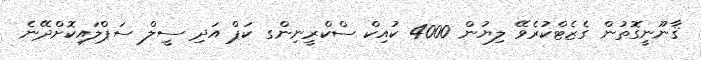
ޤާނޫނީގޮތުން ގެޒެޓްކުރެވޭ ލިޔުން 4000 ކުއިކް ސްކްރީނިންގ ކަޕް އަދި ސީލް ސަޕްލައިކޮށްދޭނެ